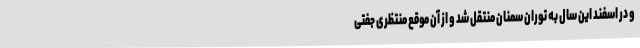
و در اسفند این سال به توران سمنان منتقل شد و از آن موقع منتظری جفتی